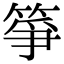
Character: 箏